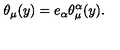
\theta _ { \mu } ( y ) = e _ { \alpha } \theta _ { \mu } ^ { \alpha } ( y ) .